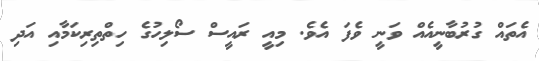
އެތައް ގުރުބާނީއެއް ވަނީ ވެފަ އެވެ. މިއީ ރައީސް ސޯލިހުގެ ހިތްތިރިކަމާއި އަދި